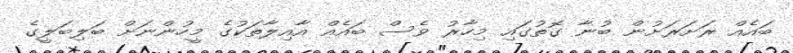
ބައެއް ރަށަރަށުން ބުނާ ގޮތުގައި މިހާރު ވެސް ބައެއް އާއިލާތަކުގެ މީހުންނަށް ބަލިބަލީގެ